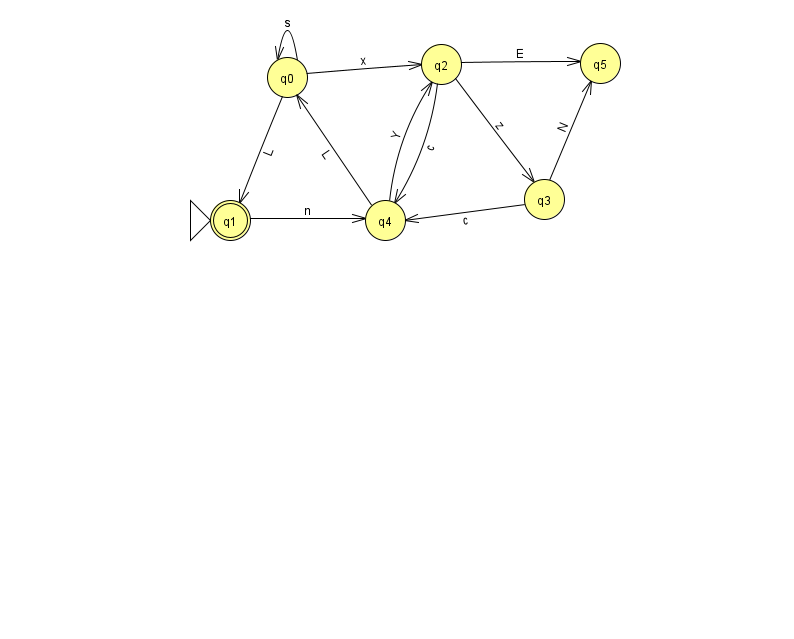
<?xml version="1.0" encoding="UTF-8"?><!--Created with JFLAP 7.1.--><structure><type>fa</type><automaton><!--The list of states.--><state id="0" name="q0"><x>287.0</x><y>64.0</y></state><state id="1" name="q1"><x>230.0</x><y>207.0</y><initial/><final/></state><state id="2" name="q2"><x>441.0</x><y>51.0</y></state><state id="3" name="q3"><x>544.0</x><y>186.0</y></state><state id="4" name="q4"><x>385.0</x><y>207.0</y></state><state id="5" name="q5"><x>600.0</x><y>50.0</y></state><!--The list of transitions.--><transition><from>4</from><to>0</to><read>L</read></transition><transition><from>0</from><to>2</to><read>x</read></transition><transition><from>0</from><to>0</to><read>s</read></transition><transition><from>2</from><to>4</to><read>c</read></transition><transition><from>0</from><to>1</to><read>L</read></transition><transition><from>2</from><to>3</to><read>z</read></transition><transition><from>1</from><to>4</to><read>n</read></transition><transition><from>3</from><to>4</to><read>c</read></transition><transition><from>3</from><to>5</to><read>N</read></transition><transition><from>2</from><to>5</to><read>E</read></transition><transition><from>4</from><to>2</to><read>Y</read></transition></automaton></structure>